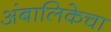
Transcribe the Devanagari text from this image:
अंबालिकेचा